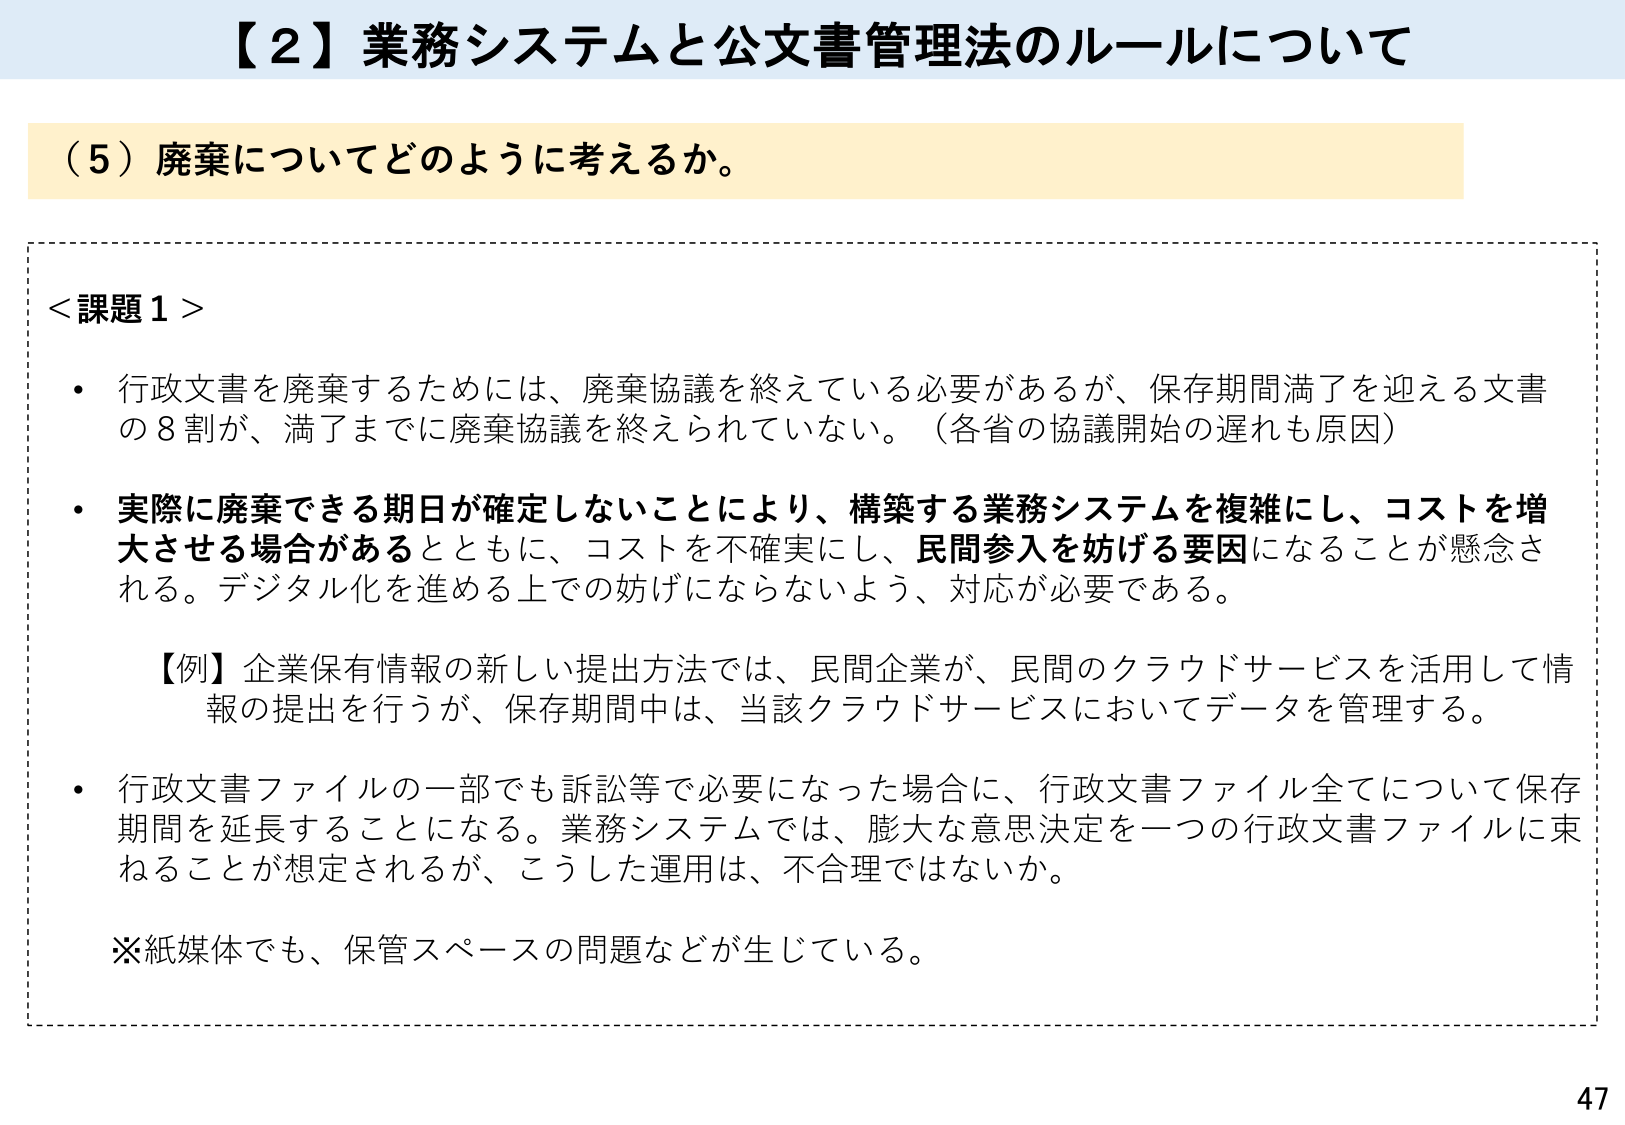
【２】業務システムと公文書管理法のルールについて

（５）廃棄についてどのように考えるか。

＜課題１＞
・ 行政文書を廃棄するためには、廃棄協議を終えている必要があるが、保存期間満了を迎える文書の８割が、満了までに廃棄協議を終えられない。（各省の協議開始の遅れも原因）
・ 実際に廃棄できる期日が確定しないことにより、構築する業務システムを複雑にし、コストを増大させる場合があるとともに、コストを不確実にし、民間参入を妨げる要因になることが懸念される。デジタル化を進める上での妨げにならないよう、対応が必要である。
　【例】企業保有情報の新しい提出方法では、民間企業が、民間のクラウドサービスを活用して情報の提出を行うが、保存期間中は、当該クラウドサービスにおいてデータを管理する。
・ 行政文書ファイルの一部でも訴訟等で必要になった場合に、行政文書ファイル全てについて保存期間を延長することになる。業務システムでは、膨大な意思決定を一つの行政文書ファイルに束ねることが想定されるが、こうした運用は、不合理ではないか。
※紙媒体でも、保管スペースの問題などが生じている。

47